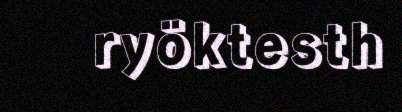
ryöktesth